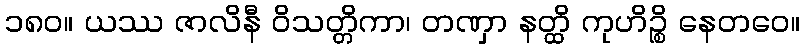
၁၈၀။ ယဿ ဇာလိနီ ဝိသတ္တိကာ၊ တဏှာ နတ္ထိ ကုဟိဉ္စိ နေတဝေ။